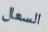
السعال